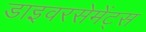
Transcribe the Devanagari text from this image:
डाइवरसेमेंट्स